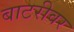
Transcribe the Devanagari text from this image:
बाटरीवर